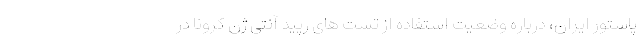
پاستور ایران، درباره وضعیت استفاده از تست های رپید آنتی ژن کرونا در